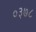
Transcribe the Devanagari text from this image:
०३७८